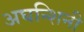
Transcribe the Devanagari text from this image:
अघन्शिनी